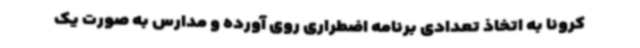
کرونا به اتخاذ تعدادی برنامه اضطراری روی آورده و مدارس به صورت یک